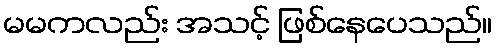
မမကလည်း အသင့် ဖြစ်နေပေသည်။